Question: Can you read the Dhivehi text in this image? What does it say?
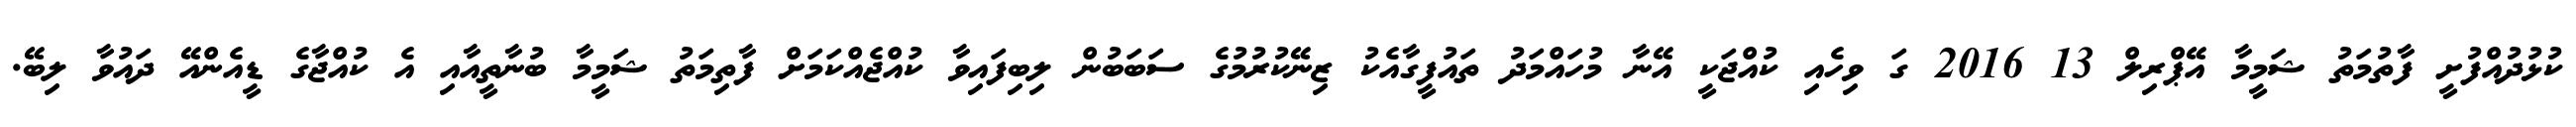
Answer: ކުޅުދުއްފުށީ ފާތުމަތު ޝަމީމާ އޭޕްރިލް 13 2016 ގަ ވިހެއި ކުއްޖަކީ އޭނާ މުހައްމަދު ތައުފީގާއެކު ޒިނޭކުރުމުގެ ސަބަބުން ލިބިފައިވާ ކުއްޖެއްކަމަށް ފާތިމަތު ޝަމީމާ ބުނާތީއާއި އެ ކުއްޖާގެ ޑީއެންއޭ ދައުވާ ލިބޭ.